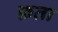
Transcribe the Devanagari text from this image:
फ़ता